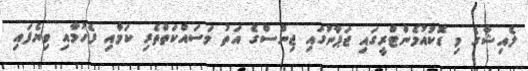
ލެއިޝާގެ މި ޑޮކުއުމެންޓްރީގައި ޖަޕާނުގައި ޖިންސްގެ އަތު މަސައްކަތްތެރި ކަމާއި ފެހުމާއި ވިޔެފައި